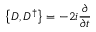
\left\{ D , D ^ { \dagger } \right\} = - 2 i { \frac { \partial } { \partial t } }